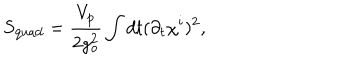
S _ { \mathrm { q u a d } } = \frac { V _ { p } } { 2 g _ { o } ^ { 2 } } \int d t ( \partial _ { t } \chi ^ { i } ) ^ { 2 } ,